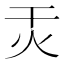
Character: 㶣